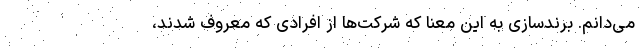
می‌دانم. برندسازی به این معنا که شرکت‌ها از افرادی که معروف شدند،